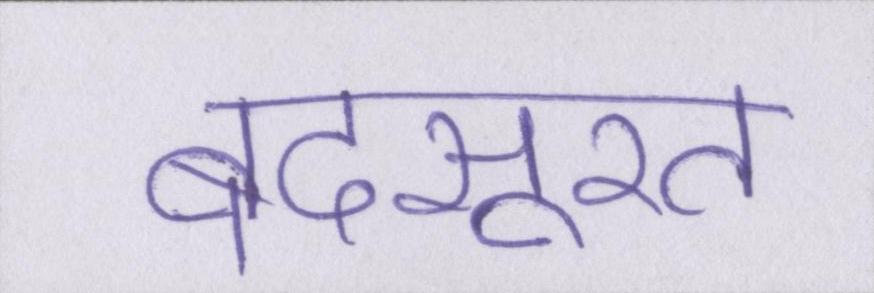
बदसूरत